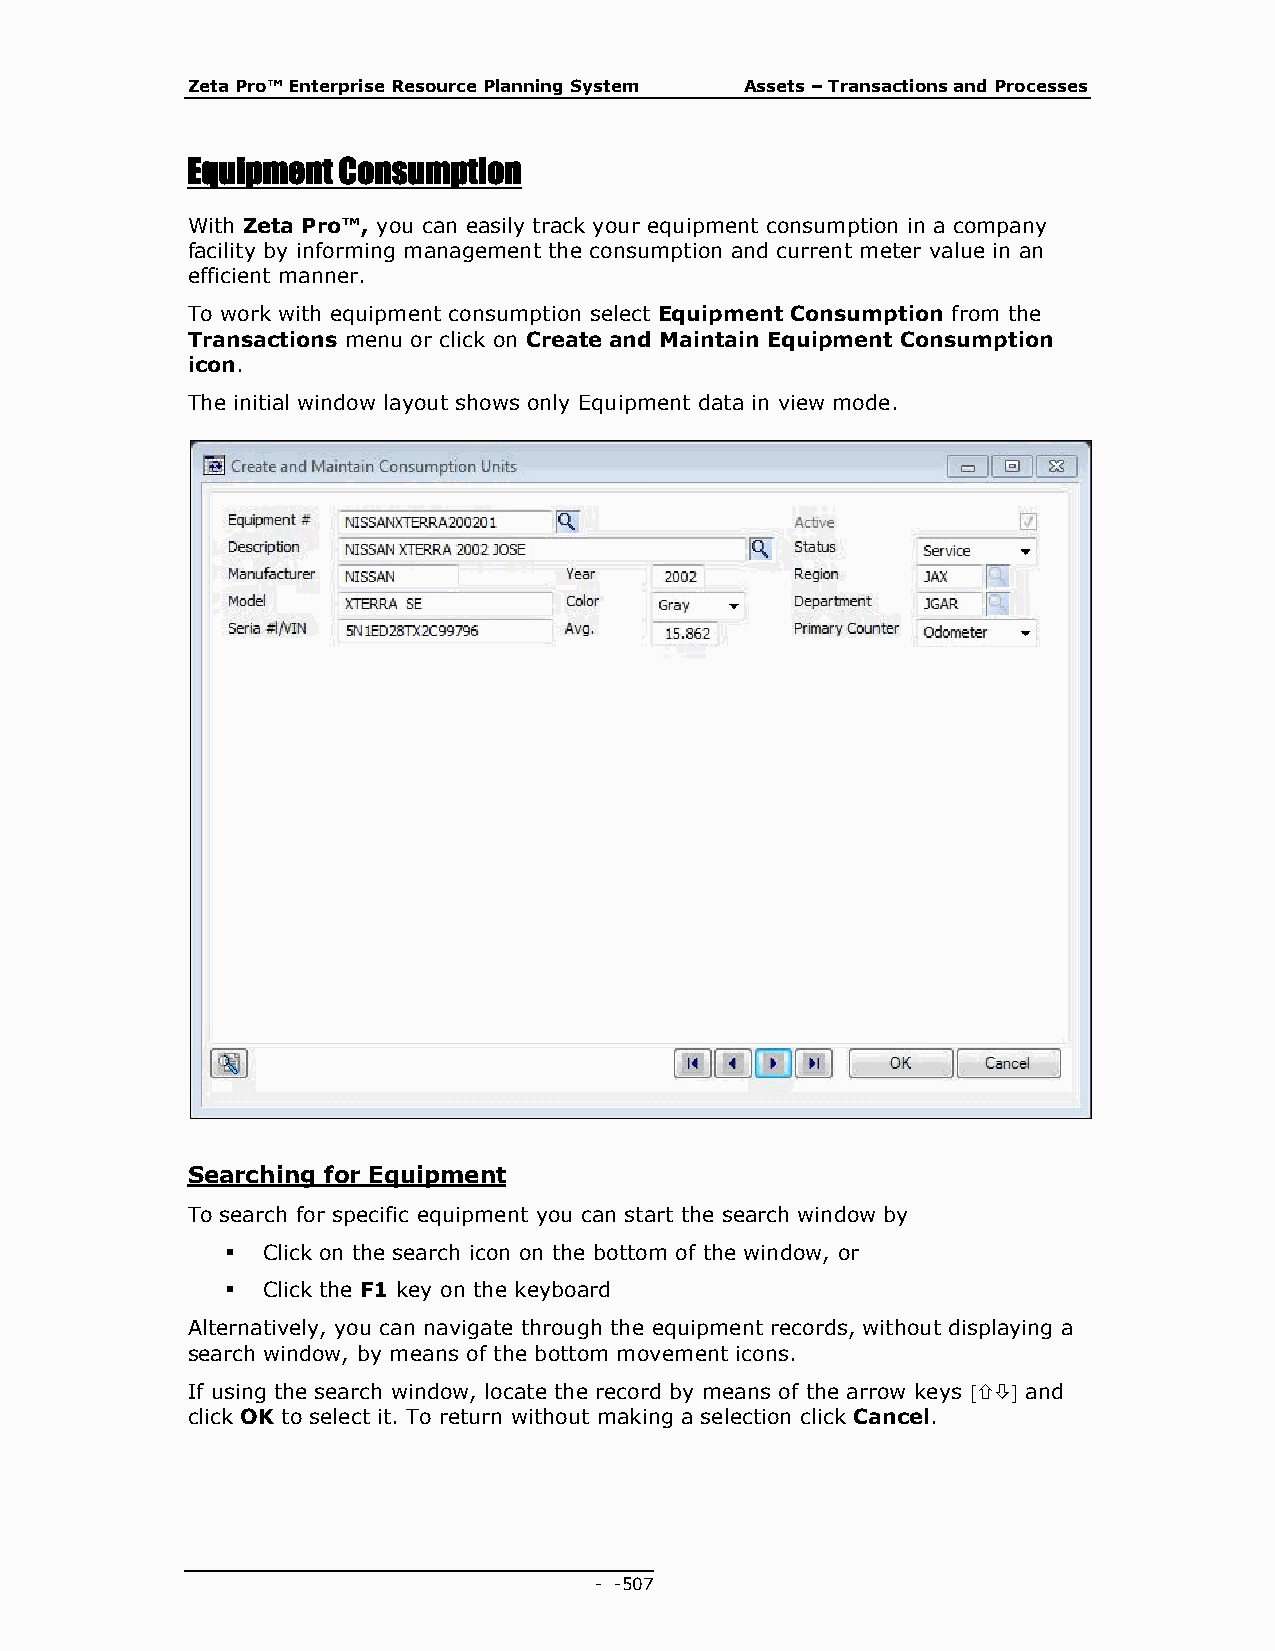
Zeta Pro™ Enterprise Resource Planning System Assets – Transactions and Processes
 Equipment Consumption
 With Zeta Pro™, you can easily track your equipment consumption in a company
 facility by informing management the consumption and current meter value in an
 efficient manner.
 To work with equipment consumption select Equipment Consumption from the
 Transactions menu or click on Create and Maintain Equipment Consumption
 icon.
 The initial window layout shows only Equipment data in view mode.
 Searching for Equipment
 To search for specific equipment you can start the search window by
  Click on the search icon on the bottom of the window, or
  Click the F1 key on the keyboard
 Alternatively, you can navigate through the equipment records, without displaying a
 search window, by means of the bottom movement icons.
 If using the search window, locate the record by means of the arrow keys  and
 click OK to select it. To return without making a selection click Cancel.
 - - 507